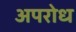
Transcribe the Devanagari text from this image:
अपरोध